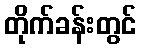
တိုက်ခန်းတွင်